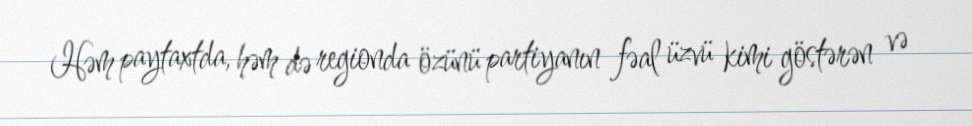
Həm paytaxtda, həm də regionda özünü partiyanın fəal üzvü kimi göstərən və